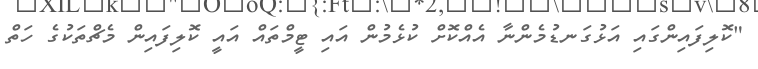
"ކޮލިފައިންގައި އަޅުގަނޑުމެންނާ އެއްކޮށް ކުޅެމުން އައި ޓީމްތައް އައީ ކޮލިފައިން މެޗްތަކުގެ ހަތް